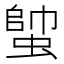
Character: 𧍓